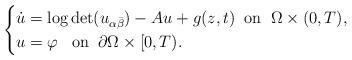
LaTeX: \begin{align*} \begin{cases} \dot{u}=\log\det (u_{\alpha\bar{\beta}})-Au+g(z,t)\;\;\mbox{on}\;\; \Omega\times (0,T),\\ u=\varphi\;\;\;\mbox{on}\;\; \partial\Omega\times [0,T). \end{cases} \end{align*}